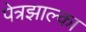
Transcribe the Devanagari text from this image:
पेत्रझाल्का